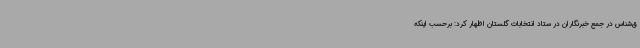
ق‌شناس در جمع خبرنگاران در ستاد انتخابات گلستان اظهار کرد: برحسب اینکه